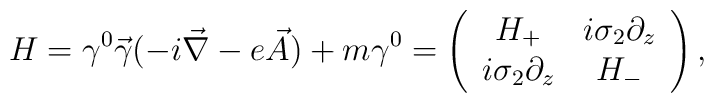
H = \gamma^{0}\vec{\gamma}(-i\vec{\nabla}-e\vec{A})+m\gamma^{0}=\left(\begin{array}{cc} H_{+} & i\sigma_{2}\partial_{z} \\  i\sigma_{2}\partial_{z} & H_{-}\end{array}\right) ,